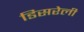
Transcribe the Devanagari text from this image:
डिसरेली